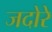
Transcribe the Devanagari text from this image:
जदोरे